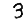
Digit: 3